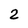
Character: 2